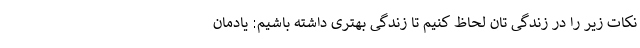
نکات زیر را در زندگی تان لحاظ کنیم تا زندگی بهتری داشته باشیم: یادمان